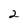
Character: 2